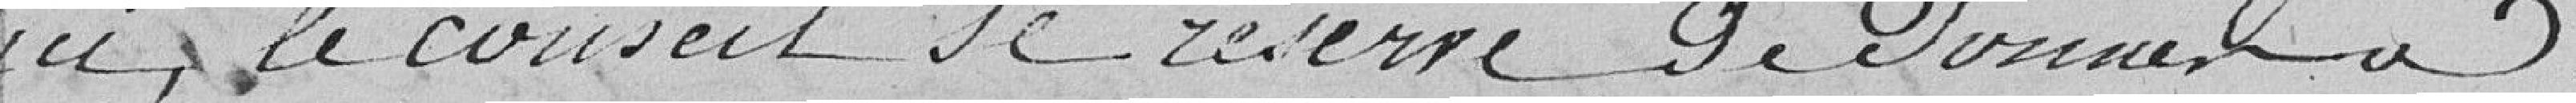
ici, le conseil se réserve de donner à